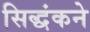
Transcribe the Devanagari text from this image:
सिद्धंकने